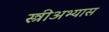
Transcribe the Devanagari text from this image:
स्त्रीअभ्यास